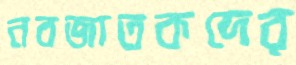
নবজাতকদের